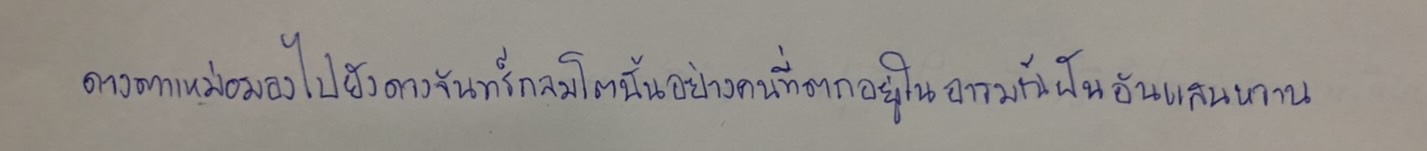
ดวงตาเหม่อมองไปยังดวงจันทร์กลมโตนั้นอย่างคนที่ตกอยู่ในอารมณ์ฝันอันแสนหวาน